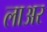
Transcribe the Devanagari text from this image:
लाअर